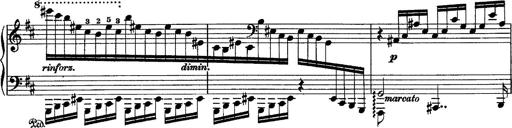
Title: Piano Sonata
Composer: Karl HÃ¤ssler
Key: C major